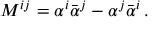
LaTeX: M ^ { i j } = \alpha ^ { i } \bar { \alpha } ^ { j } - \alpha ^ { j } \bar { \alpha } ^ { i } \, .